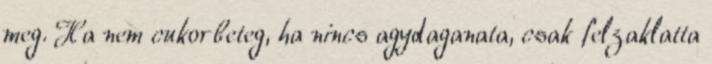
meg. Ha nem cukorbeteg, ha nincs agydaganata, csak felzaklatta